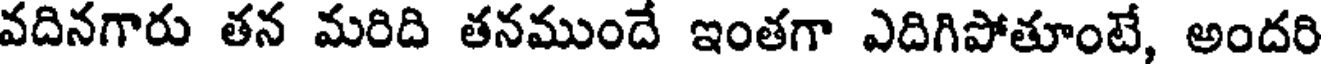
వదినగారు తన మరిది తనముందే ఇంతగా ఎదిగిపోతూంటే, అందరి